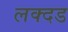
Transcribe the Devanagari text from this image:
लक्दड